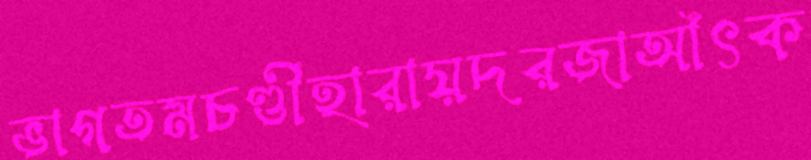
ভাগতমচণ্ডীহারায়দরজাআঁৎক